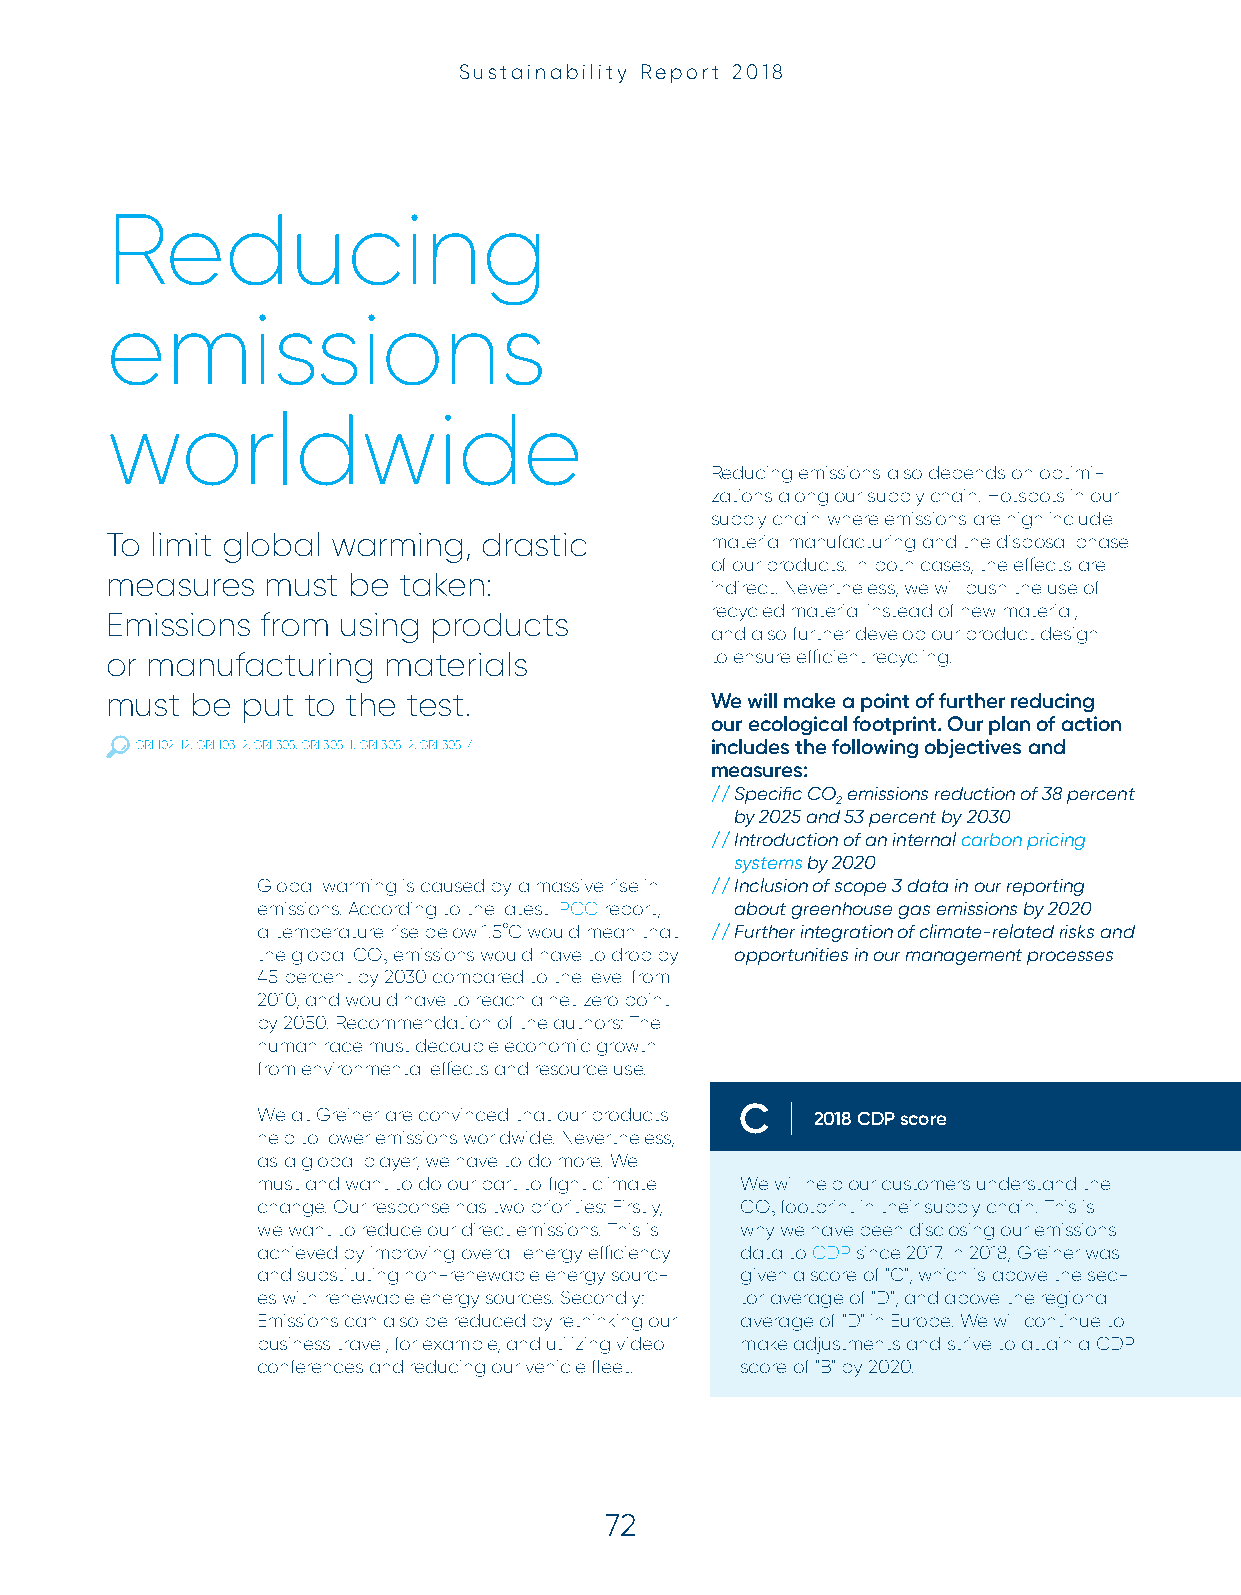
Sustainability Report 2018
 Reducing
 emissions
 worldwide
 Reducing emissions also depends on optimi-
 zations along our supply chain. Hotspots in our
 supply chain where emissions are high include
 To limit global warming, drastic        material manufacturing and the disposal phase
 of our products. In both cases, the effects are
 measures   must be taken:
 indirect. Nevertheless, we will push the use of
 recycled material instead of new material,
 Emissions from using  products
 and also further develop our product design
 or manufacturing  materials             to ensure efficient recycling.
 must  be put to the test.               We will make a point of further reducing
 our ecological footprint. Our plan of action
 GRI 102-12, GRI 103-2, GRI 305, GRI 305-1, GRI 305-2, GRI 305-4 includes the following objectives and
 measures:
 // Specific CO emissions reduction of 38 percent
 2
 by 2025 and 53 percent by 2030
 // Introduction of an internal carbon pricing
 systems by 2020
 Global warming is caused by a massive rise in // Inclusion of scope 3 data in our reporting
 emissions. According to the latest IPCC report, about greenhouse gas emissions by 2020
 a temperature rise below 1.5°C would mean that // F urther integration of climate-related risks and
 the global CO emissions would have to drop by opportunities in our management processes
 2
 45 percent by 2030 compared to the level from
 2010, and would have to reach a net zero point
 by 2050. Recommendation of the authors: The
 human race must decouple economic growth
 from environmental effects and resource use.
 We at Greiner are convinced that our products C 2018 CDP score
 help to lower emissions worldwide. Nevertheless,
 as a global player, we have to do more. We
 must and want to do our part to fight climate We will help our customers understand the
 change. Our response has two priorities: Firstly, CO footprint in their supply chain. This is
 2
 we want to reduce our direct emissions. This is why we have been disclosing our emissions
 achieved by improving overall energy efficiency data to CDP since 2017. In 2018, Greiner was
 and substituting non-renewable energy sourc- given a score of "C", which is above the sec-
 es with renewable energy sources. Secondly: tor average of "D", and above the regional
 Emissions can also be reduced by rethinking our average of "D" in Europe. We will continue to
 business travel, for example, and utilizing video make adjustments and strive to attain a CDP
 conferences and reducing our vehicle fleet. score of "B" by 2020.
 72